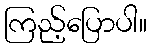
ကြည့်ပြောပါ။